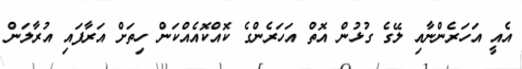
އެއީ އަހަރެންނާއި ލޭގެ ގުުޅުން އޮތް އަހަރެންގެ ކޮއްކޮއެއްކަން ހިތަށް އަރާފައި އުރާލަން